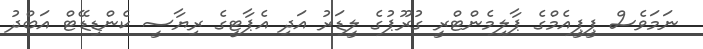
ނަމަވެސް ޕީޕީއެމްގެ ޕާލިމެންޓްރީ ގުރޫޕުގެ ލީޑަރު އަދި އެޕާޓީގެ ރިޔާސީ ކެންޑިޑޭޓް އަބްދު